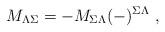
LaTeX: \begin{align*}M_{\Lambda\Sigma}=-M_{\Sigma\Lambda}(-)^{\Sigma\Lambda}\ ,\end{align*}